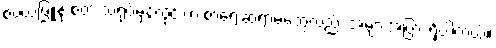
စံပယ်ဖြူနု စတဲ့ သရုပ်မှန်လိုင်းက စာရေးဆရာမတွေလည်း အများအပြား ရှိပါတယ်။